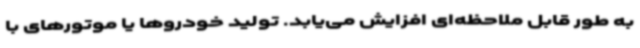
به طور قابل ملاحظه‌ای افزایش می‌یابد. تولید خودروها یا موتورهای با